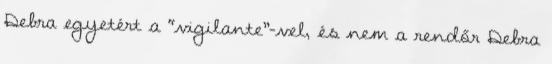
Debra egyetért a “vigilante”-vel, és nem a rendőr Debra